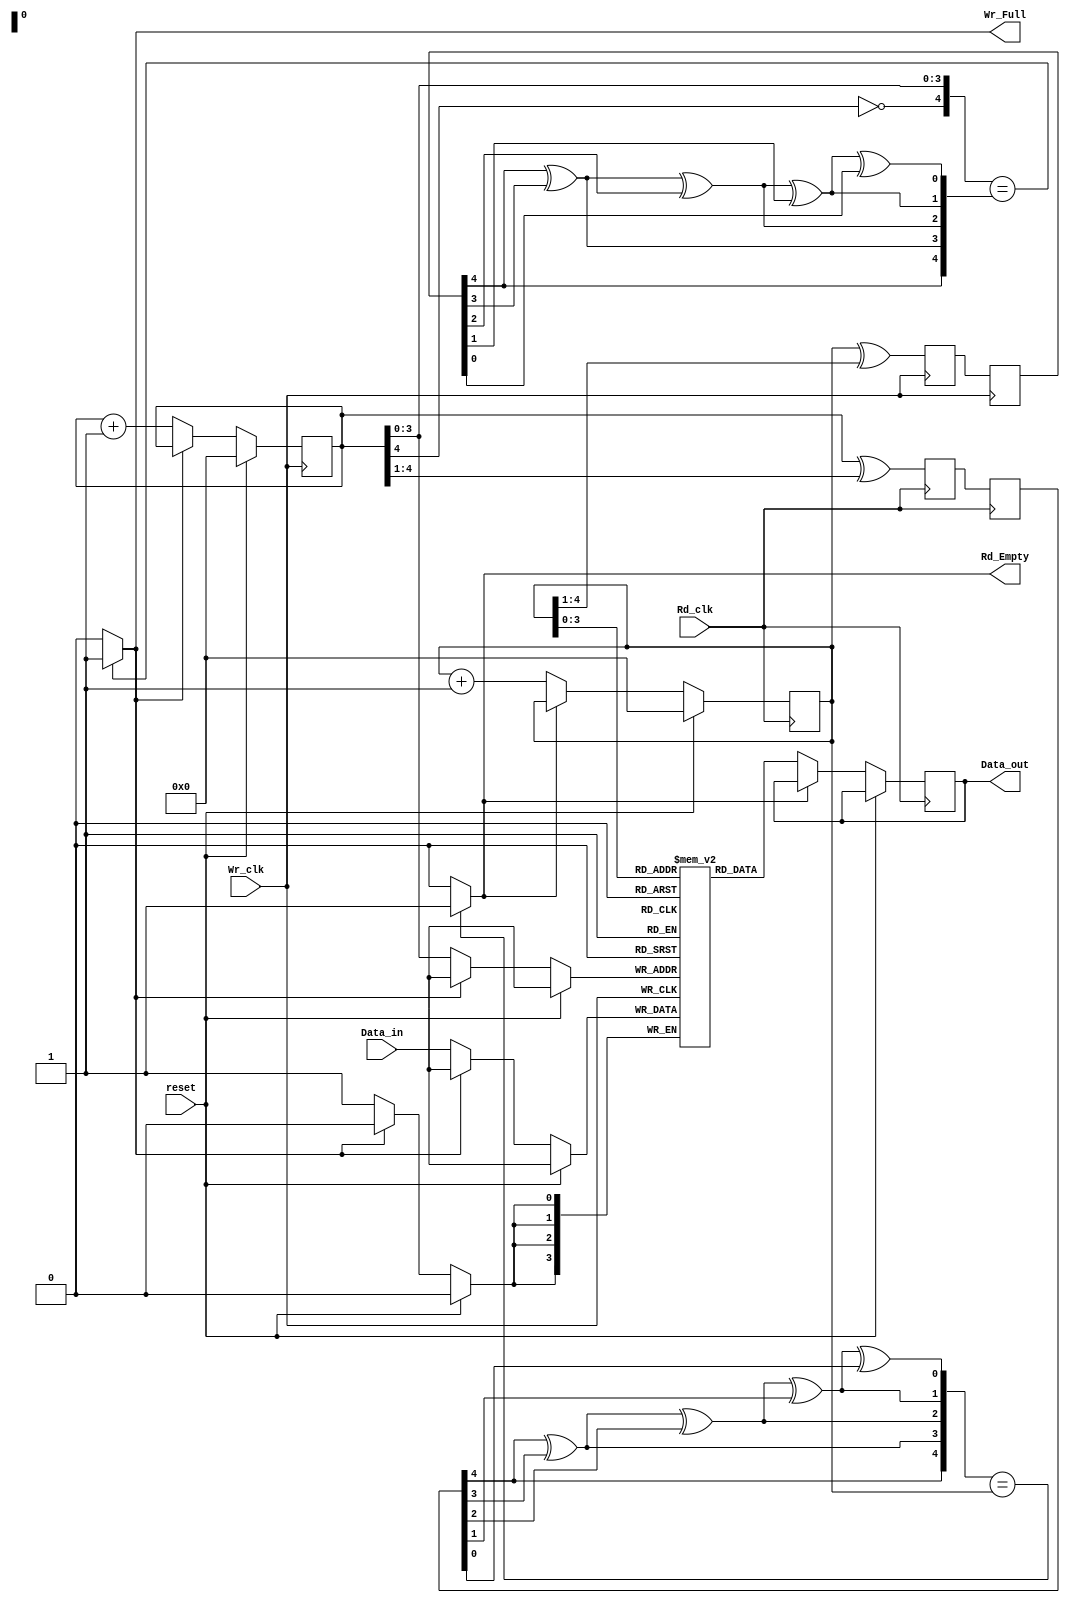
// Asynchronous FIFO Verilog Code
//Auther:- Yashawant Kumar Singh(213070099)

module Async_Fifo(Wr_clk,Rd_clk,reset,Data_in,Data_out,Rd_Empty,Wr_Full);
parameter Depth = 16;
parameter Width = 4;
input Wr_clk,Rd_clk,reset;
input [Width-1:0] Data_in;
output [Width-1:0] Data_out;
output Rd_Empty,Wr_Full;

reg [Width-1:0] Fifo [Depth-1:0];

reg [Width-1:0] Data_out_reg;
reg [Width:0] Wr_ptr_binary,Wr_sync_1,Wr_ptr_sync_2;
reg [Width:0] Rd_ptr_binary,Rd_sync_1,Rd_ptr_sync_2;
wire [Width:0] Rd_ptr_gray,Wr_ptr_gray;
wire [Width:0] Rd_ptr_binary_sync,Wr_ptr_binary_sync;

//--Write_data_into_Fifo--//

assign Rd_Empty = (Wr_ptr_binary_sync == Rd_ptr_binary) ? 1 : 0;
assign Wr_Full = ({~Wr_ptr_binary[Width],Wr_ptr_binary[Width-1:0]} == Rd_ptr_binary_sync) ? 1:0;

assign Data_out = Data_out_reg;
always @(posedge Wr_clk)
begin
	if(reset)
			Wr_ptr_binary <= 4'd0;
	else if(Wr_Full == 0 ) begin
			Wr_ptr_binary <= Wr_ptr_binary + 1;
			Fifo[Wr_ptr_binary[Width-1:0]] <= Data_in;
			end
end


//--Read_data_out_of_Fifo--//

always @(posedge Rd_clk)
begin
	if(reset)
		Rd_ptr_binary <= 4'd0;
		else if(Rd_Empty == 0) begin
	
		Rd_ptr_binary <= Rd_ptr_binary + 1;
		Data_out_reg <= Fifo[Rd_ptr_binary[Width-1:0]];
		end
end			

//--Read_and_Write_synchronizers--//
always @(posedge Rd_clk)
begin
Wr_sync_1 <= Wr_ptr_gray;
Wr_ptr_sync_2 <= Wr_sync_1;
end

always @(posedge Wr_clk)
begin
Rd_sync_1 <= Rd_ptr_gray;
Rd_ptr_sync_2 <= Rd_sync_1;
end

//-- Binary_to_gray_and_gray_to_binary--//

assign Wr_ptr_gray = Wr_ptr_binary ^ (Wr_ptr_binary >> 1);
assign Rd_ptr_gray = Rd_ptr_binary ^ (Rd_ptr_binary >> 1);

assign Rd_ptr_binary_sync[4] = Rd_ptr_sync_2[4];
assign Rd_ptr_binary_sync[3] = Rd_ptr_binary_sync[4]^Rd_ptr_sync_2[3];
assign Rd_ptr_binary_sync[2] = Rd_ptr_binary_sync[3]^Rd_ptr_sync_2[2];
assign Rd_ptr_binary_sync[1] = Rd_ptr_binary_sync[2]^Rd_ptr_sync_2[1];
assign Rd_ptr_binary_sync[0] = Rd_ptr_binary_sync[1]^Rd_ptr_sync_2[0];

assign Wr_ptr_binary_sync[4] = Wr_ptr_sync_2[4];
assign Wr_ptr_binary_sync[3] = Wr_ptr_binary_sync[4]^Wr_ptr_sync_2[3];
assign Wr_ptr_binary_sync[2] = Wr_ptr_binary_sync[3]^Wr_ptr_sync_2[2];
assign Wr_ptr_binary_sync[1] = Wr_ptr_binary_sync[2]^Wr_ptr_sync_2[1];
assign Wr_ptr_binary_sync[0] = Wr_ptr_binary_sync[1]^Wr_ptr_sync_2[0];



endmodule